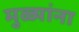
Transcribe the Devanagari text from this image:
मुळ्यांना